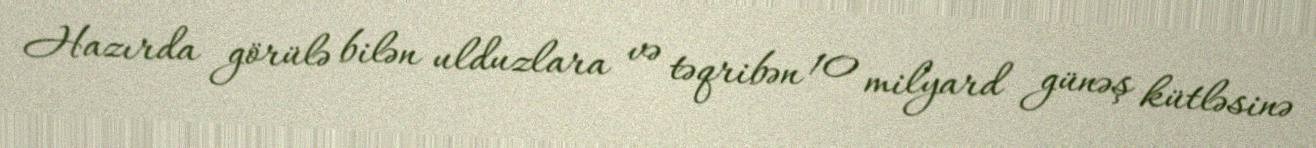
Hazırda görülə bilən ulduzlara və təqribən 10 milyard günəş kütləsinə